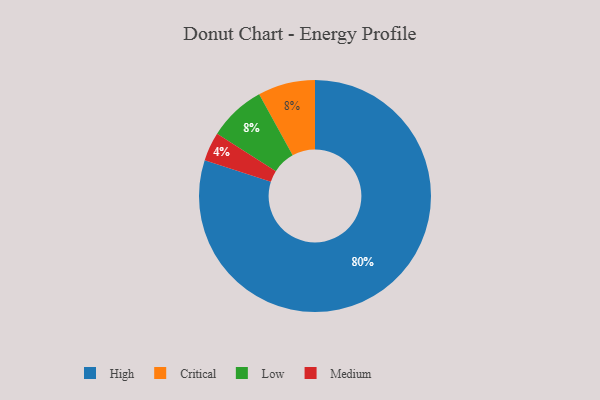
{"axis": {"x": "Category", "y": "Percentage"}, "legend": ["Critical", "High", "Low", "Medium"], "data": [{"x": "Critical", "y": 8, "type": "Critical"}, {"x": "High", "y": 80, "type": "High"}, {"x": "Medium", "y": 4, "type": "Medium"}, {"x": "Low", "y": 8, "type": "Low"}]}